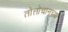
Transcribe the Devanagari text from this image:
तोत्तोचानच्या